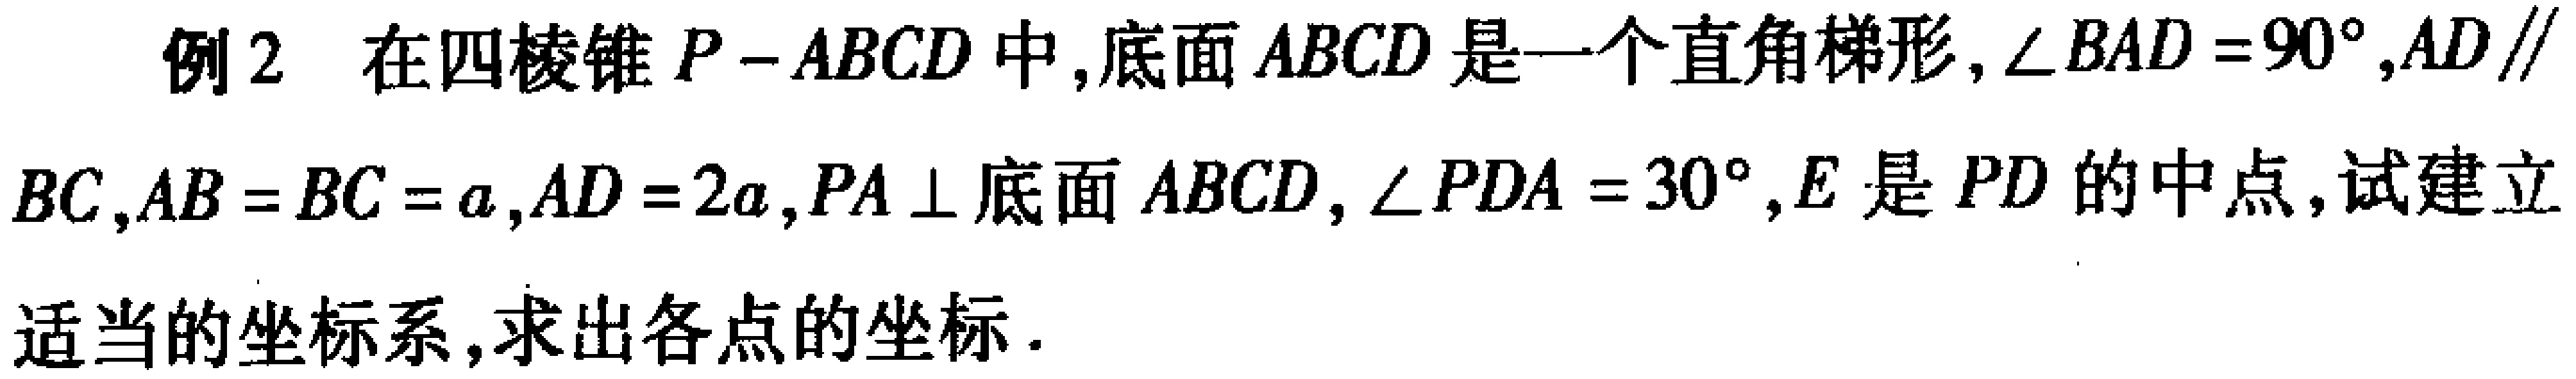
例2 在四棱锥\(P - ABCD\)中,底面\(ABCD\)是一个直角梯形,\(\angle BAD = 90^{\circ},AD\parallel BC,AB = BC = a,AD = 2a,PA\perp\)底面\(ABCD\),\(\angle PDA = 30^{\circ},E\)是\(PD\)的中点,试建立适当的坐标系,求出各点的坐标.